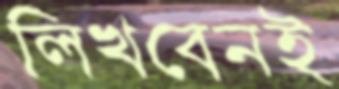
লিখবেনই